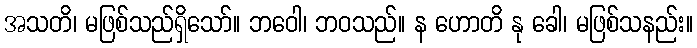
အသတိ၊ မဖြစ်သည်ရှိသော်။ ဘဝေါ၊ ဘဝသည်။ န ဟောတိ နု ခေါ၊ မဖြစ်သနည်း။